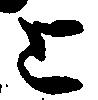
上